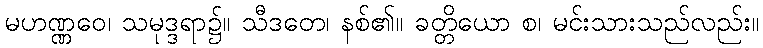
မဟဏ္ဏဝေ၊ သမုဒ္ဒရာ၌။ သီဒတေ၊ နစ်၏။ ခတ္တိယော စ၊ မင်းသားသည်လည်း။